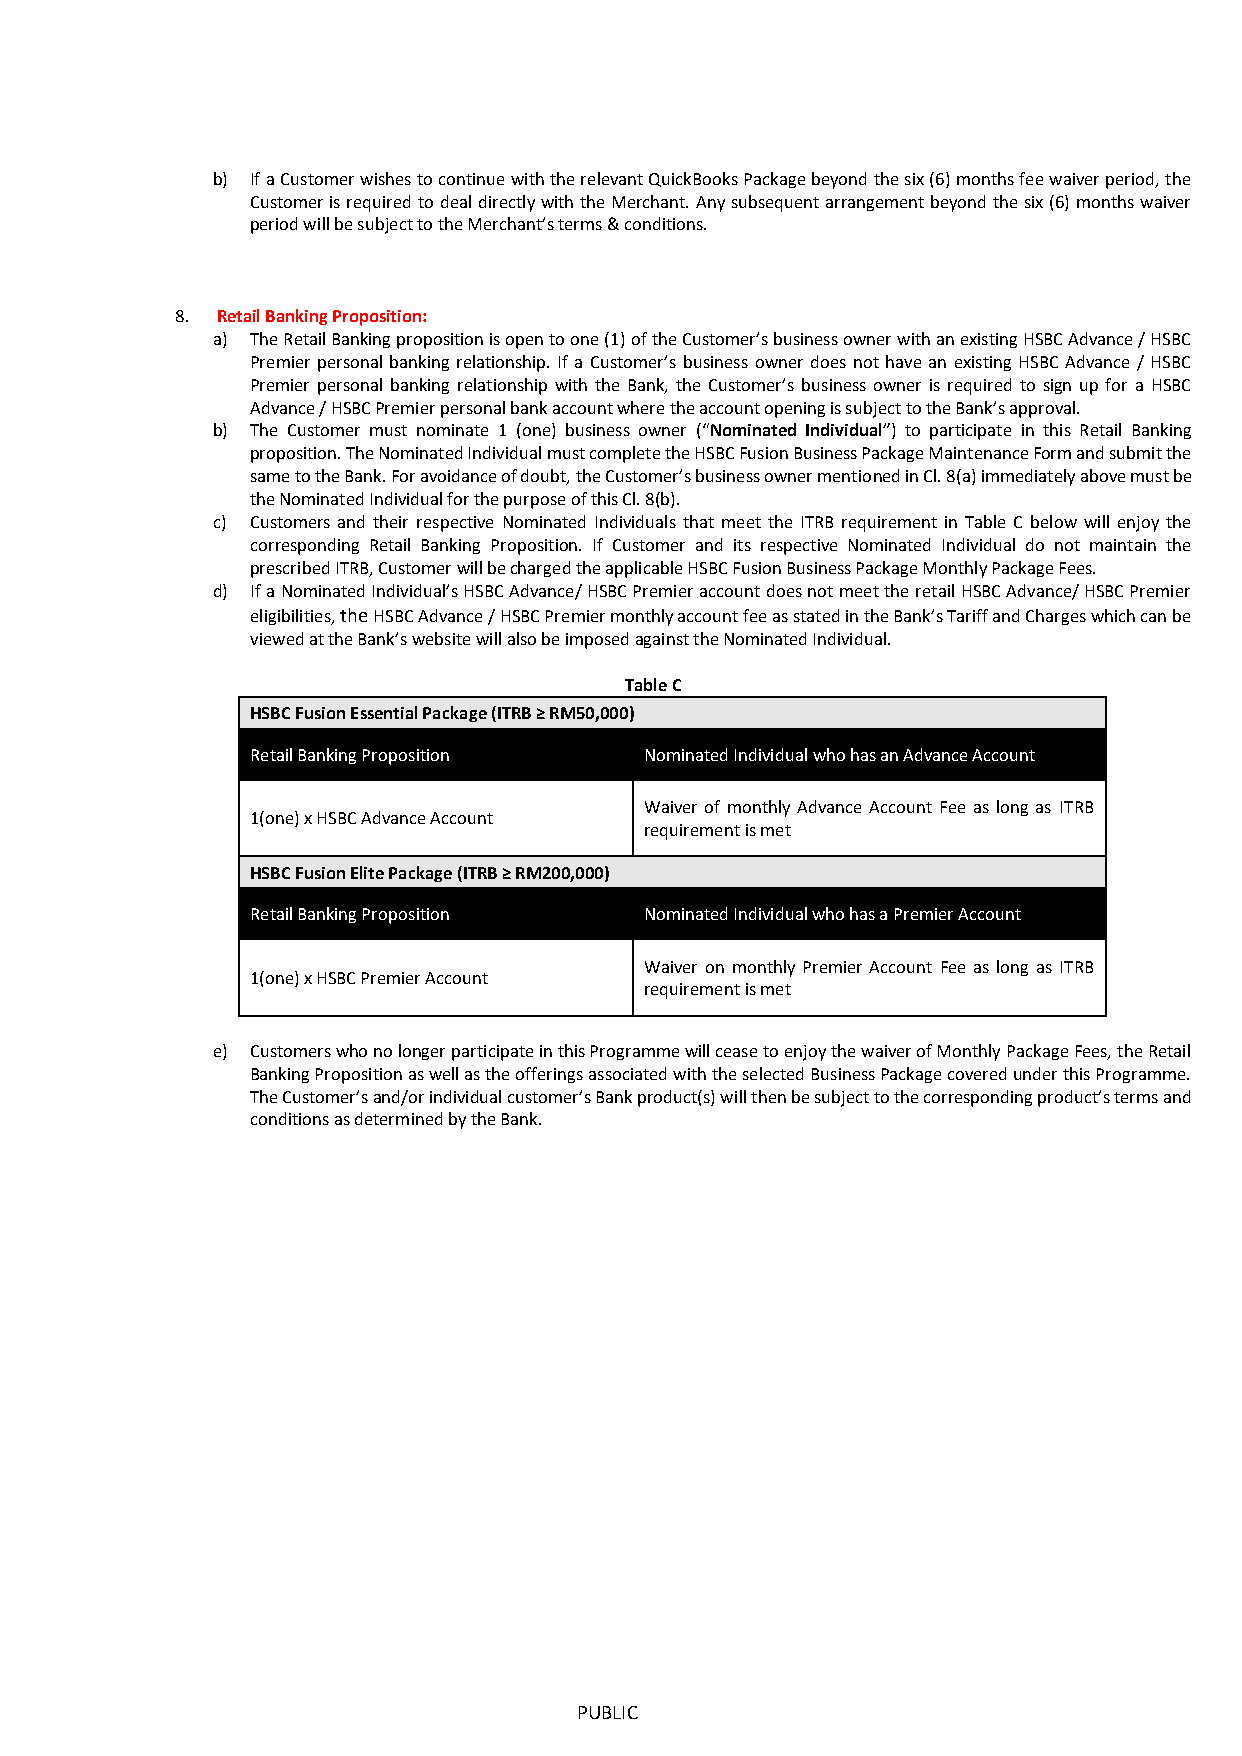
b) If a Customer wishes to continue with the relevant QuickBooks Package beyond the six (6) months fee waiver period, the
 Customer is required to deal directly with the Merchant. Any subsequent arrangement beyond the six (6) months waiver
 period will be subject to the Merchant’s terms & conditions.
 8. Retail Banking Proposition:
 a) The Retail Banking proposition is open to one (1) of the Customer’s business owner with an existing HSBC Advance / HSBC
 Premier personal banking relationship. If a Customer’s business owner does not have an existing HSBC Advance / HSBC
 Premier personal banking relationship with the Bank, the Customer’s business owner is required to sign up for a HSBC
 Advance / HSBC Premier personal bank account where the account opening is subject to the Bank’s approval.
 b) The Customer must nominate 1 (one) business owner (“Nominated Individual”) to participate in this Retail Banking
 proposition. The Nominated Individual must complete the HSBC Fusion Business Package Maintenance Form and submit the
 same to the Bank. For avoidance of doubt, the Customer’s business owner mentioned in Cl. 8(a) immediately above must be
 the Nominated Individual for the purpose of this Cl. 8(b).
 c) Customers and their respective Nominated Individuals that meet the ITRB requirement in Table C below will enjoy the
 corresponding Retail Banking Proposition. If Customer and its respective Nominated Individual do not maintain the
 prescribed ITRB, Customer will be charged the applicable HSBC Fusion Business Package Monthly Package Fees.
 d) If a Nominated Individual’s HSBC Advance/ HSBC Premier account does not meet the retail HSBC Advance/ HSBC Premier
 eligibilities, the HSBC Advance / HSBC Premier monthly account fee as stated in the Bank’s Tariff and Charges which can be
 viewed at the Bank’s website will also be imposed against the Nominated Individual.
 Table C
 HSBC Fusion Essential Package (ITRB ≥ RM50,000)
 Retail Banking Proposition Nominated Individual who has an Advance Account
 Waiver of monthly Advance Account Fee as long as ITRB
 1(one) x HSBC Advance Account
 requirement is met
 HSBC Fusion Elite Package (ITRB ≥ RM200,000)
 Retail Banking Proposition Nominated Individual who has a Premier Account
 Waiver on monthly Premier Account Fee as long as ITRB
 1(one) x HSBC Premier Account
 requirement is met
 e) Customers who no longer participate in this Programme will cease to enjoy the waiver of Monthly Package Fees, the Retail
 Banking Proposition as well as the offerings associated with the selected Business Package covered under this Programme.
 The Customer’s and/or individual customer’s Bank product(s) will then be subject to the corresponding product’s terms and
 conditions as determined by the Bank.
 PUBLIC